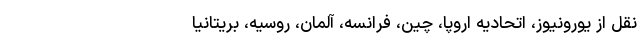
نقل از یورونیوز، اتحادیه اروپا، چین، فرانسه، آلمان، روسیه، بریتانیا